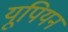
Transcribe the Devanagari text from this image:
यूपियन